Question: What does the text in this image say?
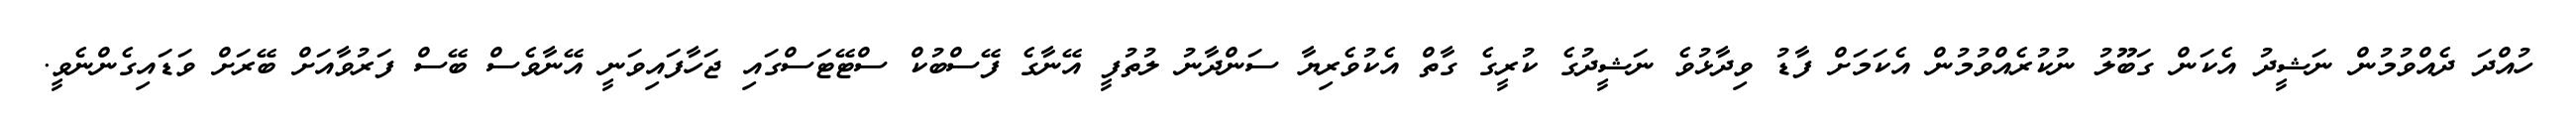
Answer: ހުއްދަ ދެއްވުމުން ނަޝީދު އެކަން ގަބޫލު ނުކުރެއްވުމުން އެކަމަށް ފާޑު ވިދާޅުވެ ނަޝީދުގެ ކުރީގެ ގާތް އެކުވެރިޔާ ސަންދާނު ލުތުފީ އޭނާގެ ފޭސްބުކް ސްޓޭޓަސްގައި ޖަހާފައިވަނީ އޭނާވެސް ބޭސް ފަރުވާއަށް ބޭރަށް ވަޑައިގެންނެވީ.